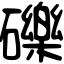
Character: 礫